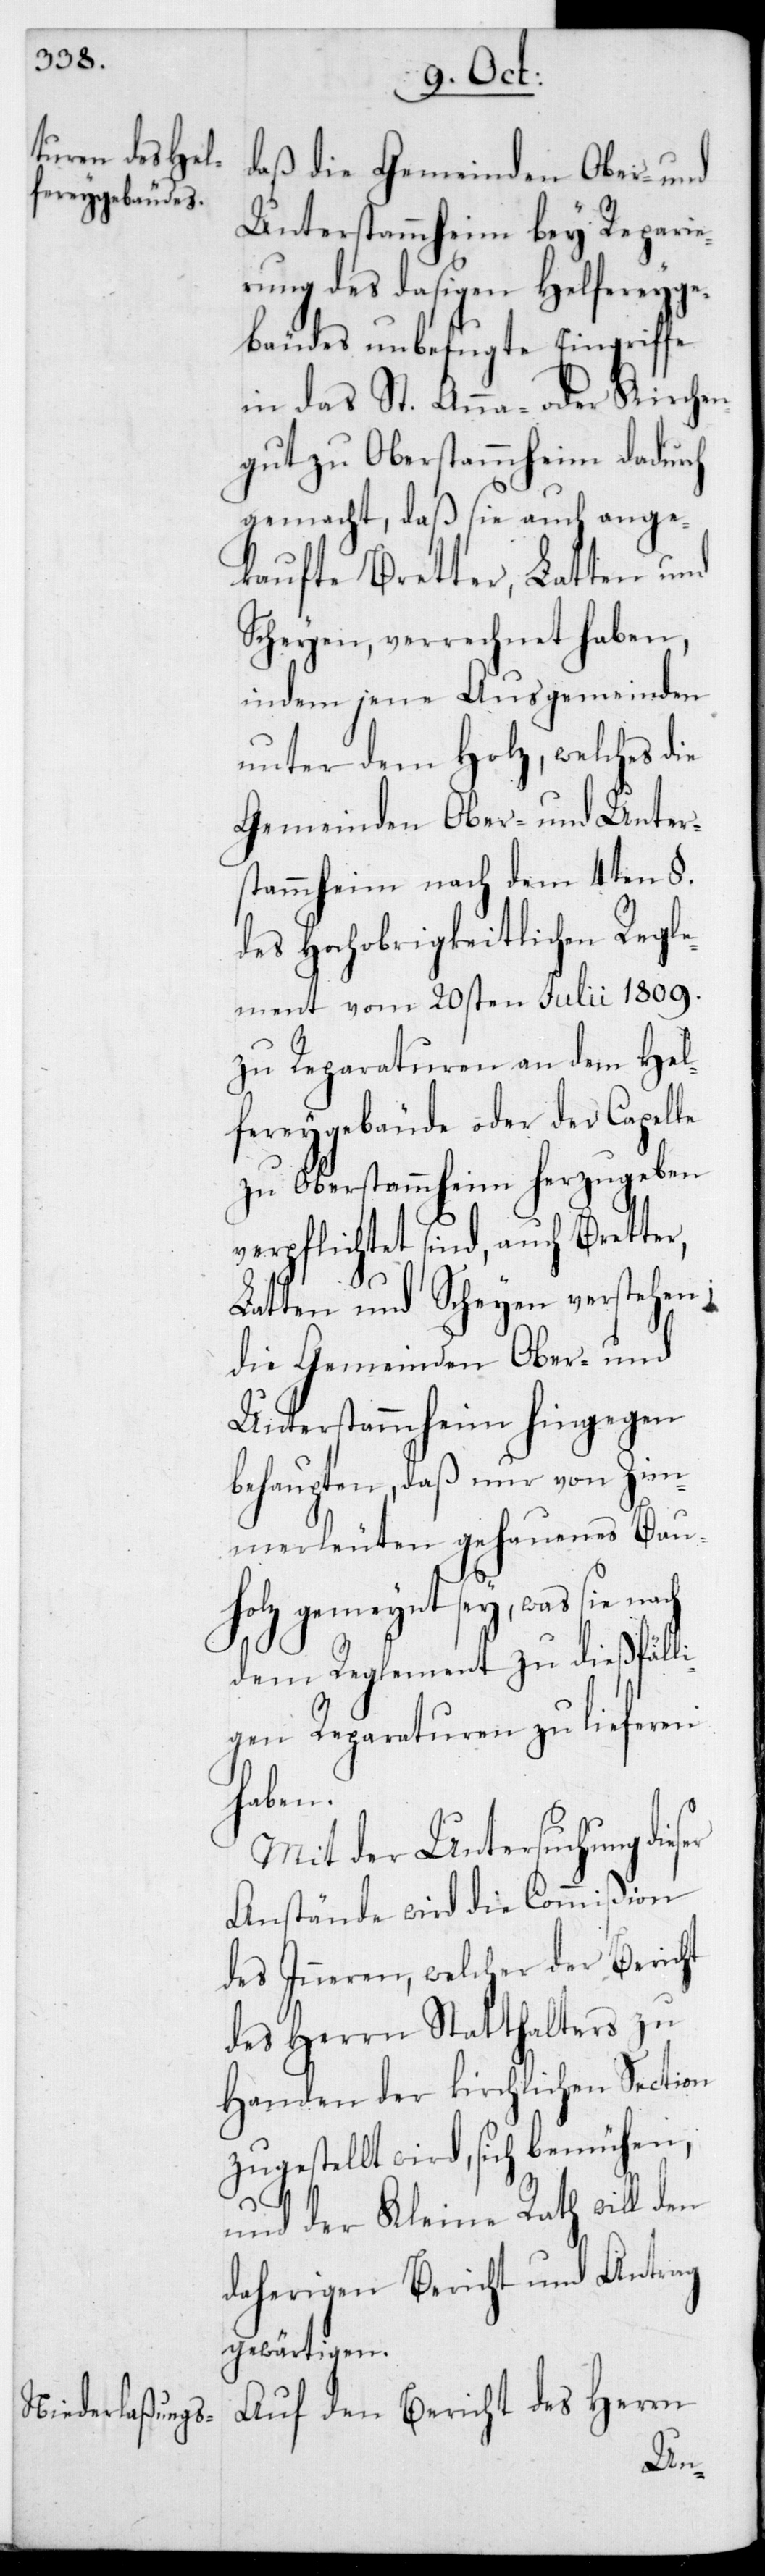
daß die Gemeinden Ober- und
Unterstammheim bey Reparie¬
rung des dasigen Helfereyge¬
bäudes unbefugte Eingriffe
in das St. Anna- oder Kirchen¬
gut zu Oberstammheim dadurch
gemacht, daß sie auch ange¬
kaufte Bretter, Latten und
Scheyen verrechnet haben,
indem jene Ausgemeinden
unter dem Holz, welches
Gemeinden Ober- und Unter¬
stammheim nach dem 4ten §
des Hochobrigkeitlichen Regle¬
ment vom 20sten Julii 1809
zu Reparaturen an dem Hel¬
fereygebäude oder der Capelle
zu Oberstammheim herzugeben
verpflichtet sind, auch Bretter,
Latten und Scheyen verstehen;
die Gemeinden Ober- und
Unterstammheim hingegen
behaupten, daß nur von Zim¬
merleuten gehauenes Bau¬
holz gemeint sey, was sie nach
dem Reglement zu dießfäll¬
igen Reparaturen zu lieferen
haben.
Mit der Untersuchung die¬
Anstände wird die Commißion
des Inneren, welcher der Bericht
des Herrn Statthalters zu
Handen der kirchlichen Section
zugestellt wird, sich bemühen,
und der Kleine Rath will den
daherigen Bericht und Antrag
gewärtigen.
Auf den Bericht des Herrn
ser